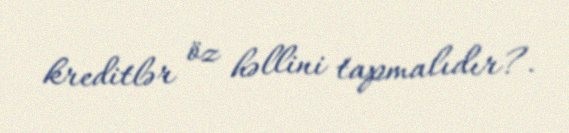
kreditlər öz həllini tapmalıdır?.